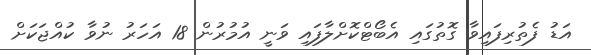
އަޑު ފެތުރިފައިވާ ގޮތުގައި އެބޯޓްކޮށްލާފައި ވަނީ އުމުރުން 18 އަހަރު ނުވާ ކުއްޖަކަށް